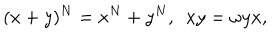
( x + y ) ^ { N } = x ^ { N } + y ^ { N } , ~ ~ x y = \omega y x ,